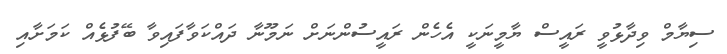
ސިޔާމް ވިދާޅުވީ ރައީސް ޔާމީނަކީ އެހެން ރައީސުންނަށް ނަމޫނާ ދައްކަވާފައިވާ ބޭފުޅެއް ކަމަށާއި